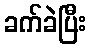
ခက်ခဲပြီး